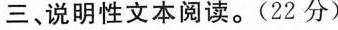
三、说明性文本阅读。(22分)